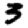
Digit: 3